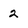
Character: 2